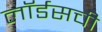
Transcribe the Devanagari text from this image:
लॉर्डसची